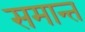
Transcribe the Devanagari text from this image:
समान्त